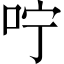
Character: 咛